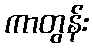
ကာတွန်း